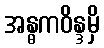
အန္ဓကဝိန္ဒမှိ